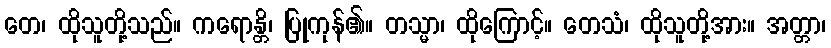
တေ၊ ထိုသူတို့သည်။ ကရောန္တိ၊ ပြုကုန်၏။ တသ္မာ၊ ထိုကြောင့်။ တေသံ၊ ထိုသူတို့အား။ အတ္တာ၊